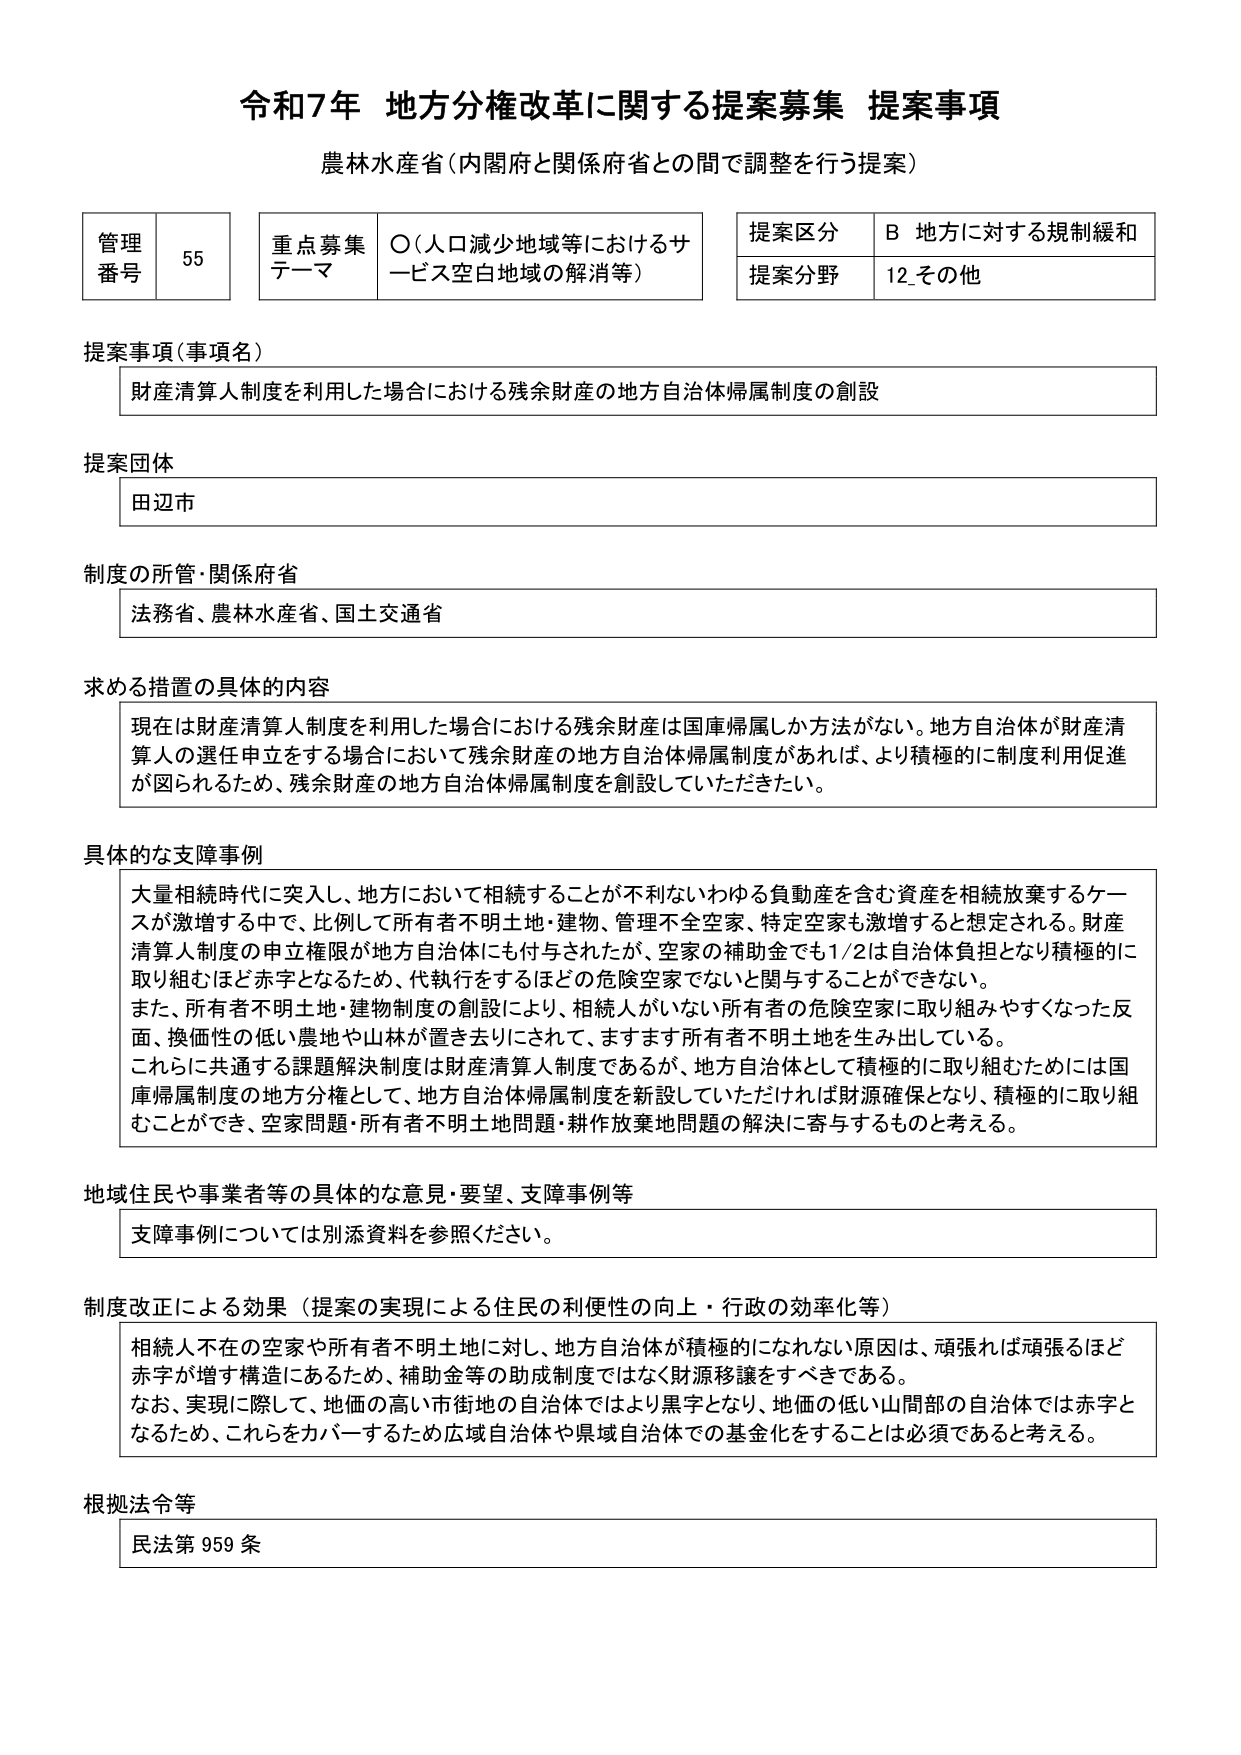
令和7年 地方分権改革に関する提案募集 提案事項
農林水産省（内閣府と関係府省との間で調整を行う提案）

管理番号 55
重点募集テーマ ○（人口減少地域等におけるサービス空白地域の解消等）
提案区分 B 地方に対する規制緩和
提案分野 12_その他

提案事項（事項名）
財産清算人制度を利用した場合における残余財産の地方自治体帰属制度の創設

提案団体
田辺市

制度の所管・関係府省
法務省、農林水産省、国土交通省

求める措置の具体的内容
現在は財産清算人制度を利用した場合における残余財産は国庫帰属しか方法がない。地方自治体が財産清算人の選任申立をする場合において残余財産の地方自治体帰属制度があれば、より積極的に制度利用促進が図られるため、残余財産の地方自治体帰属制度を創設していただきたい。

具体的な支障事例
大量相続時代に突入し、地方において相続することが不利ないわゆる負動産を含む資産を相続放棄するケースが激増する中で、比例して所有者不明土地・建物、管理不全空家、特定空家も激増すると想定される。財産清算人制度の申立権限が地方自治体にも付与されたが、空家の補助金でも1/2は自治体負担となり積極的に取り組むほど赤字となるため、代執行をするほどの危険空家でないと関与することができない。
また、所有者不明土地・建物制度の創設により、相続人がいない所有者の危険空家に取り組みやすくなった反面、換価性の低い農地や山林が置き去りにされて、ますます所有者不明土地を生み出している。
これらに共通する課題解決制度は財産清算人制度であるが、地方自治体として積極的に取り組むためには国庫帰属制度の地方分権として、地方自治体帰属制度を新設していただければ財源確保となり、積極的に取り組むことができ、空家問題・所有者不明土地問題・耕作放棄地問題の解決に寄与するものと考える。

地域住民や事業者等の具体的な意見・要望、支障事例等
支障事例については別添資料を参照ください。

制度改正による効果（提案の実現による住民の利便性の向上・行政の効率化等）
相続人不在の空家や所有者不明土地に対し、地方自治体が積極的になれない原因は、頑張れば頑張るほど赤字が増す構造にあるため、補助金等の助成制度ではなく財源移譲をすべきである。
なお、実現に際して、地価の高い市街地の自治体ではより黒字となり、地価の低い山間部の自治体では赤字となるため、これらをカバーするため広域自治体や県域自治体での基金化をすることは必須であると考える。

根拠法令等
民法第959条